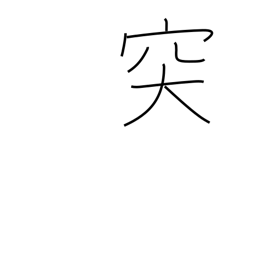
Meaning: protruding